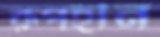
রূপহীন